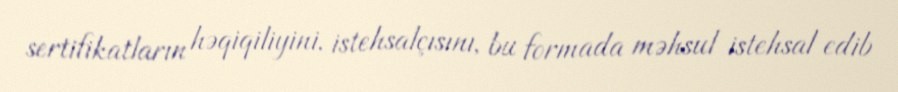
sertifikatların həqiqiliyini, istehsalçısını, bu formada məhsul istehsal edib